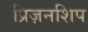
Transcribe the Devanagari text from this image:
प्रिज़नशिप